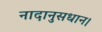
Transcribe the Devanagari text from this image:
नादानुसधान।